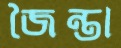
জৈন্তা